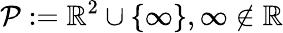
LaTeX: {\mathcal{P}}:=\mathbb{R}^{2}\cup\{ \infty\} ,\infty\notin\mathbb{R}